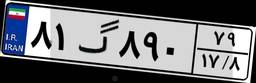
۸۸گ۳۹۱۸۳